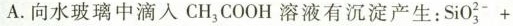
A.向水玻璃中滴入CH_{3}COOH溶液有沉淀产生：$$S i 0 _ { 3 } ^ { 2 - } +